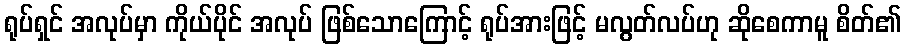
ရုပ်ရှင် အလုပ်မှာ ကိုယ်ပိုင် အလုပ် ဖြစ်သောကြောင့် ရုပ်အားဖြင့် မလွတ်လပ်ဟု ဆိုစေကာမူ စိတ်၏